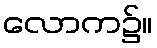
လောက၌။